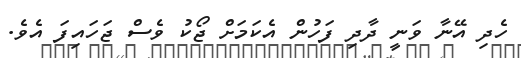
ހެދި އޭނާ ވަނީ ދާދި ފަހުން އެކަމަށް ޖޯކު ވެސް ޖަހައިފަ އެވެ.